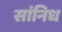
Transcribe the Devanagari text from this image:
सांनिध